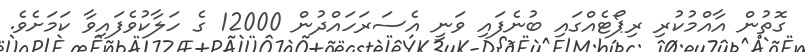
ގޮތުން އާއްމުކުރި ރިޕޯޓެއްގައި ބުނެފައި ވަނީ އެސަރަހައްދުން 12000 ގެ ހަލާކުވެފައިވާ ކަމަށެވެ.